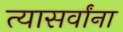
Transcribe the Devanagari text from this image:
त्यासर्वांना